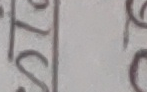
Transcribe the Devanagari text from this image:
स्त